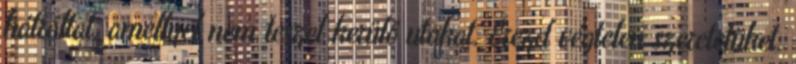
hátráltat, amellyel nem teszel kerülő utakat. Érezd végtelen szeretetüket,